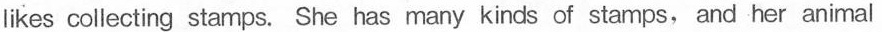
ikes collecting stamps. She has many kinds of stamps, and her animal